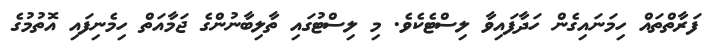
ފަރާތްތައް ހިމަނައިގެން ހަދާފައިވާ ލިސްޓެކެވެ. މި ލިސްޓުގައި ތާލިބާނުންގެ ޖަމާއަތް ހިމެނިފައި އޮތުމުގެ